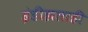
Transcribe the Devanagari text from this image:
इंडीझलाही